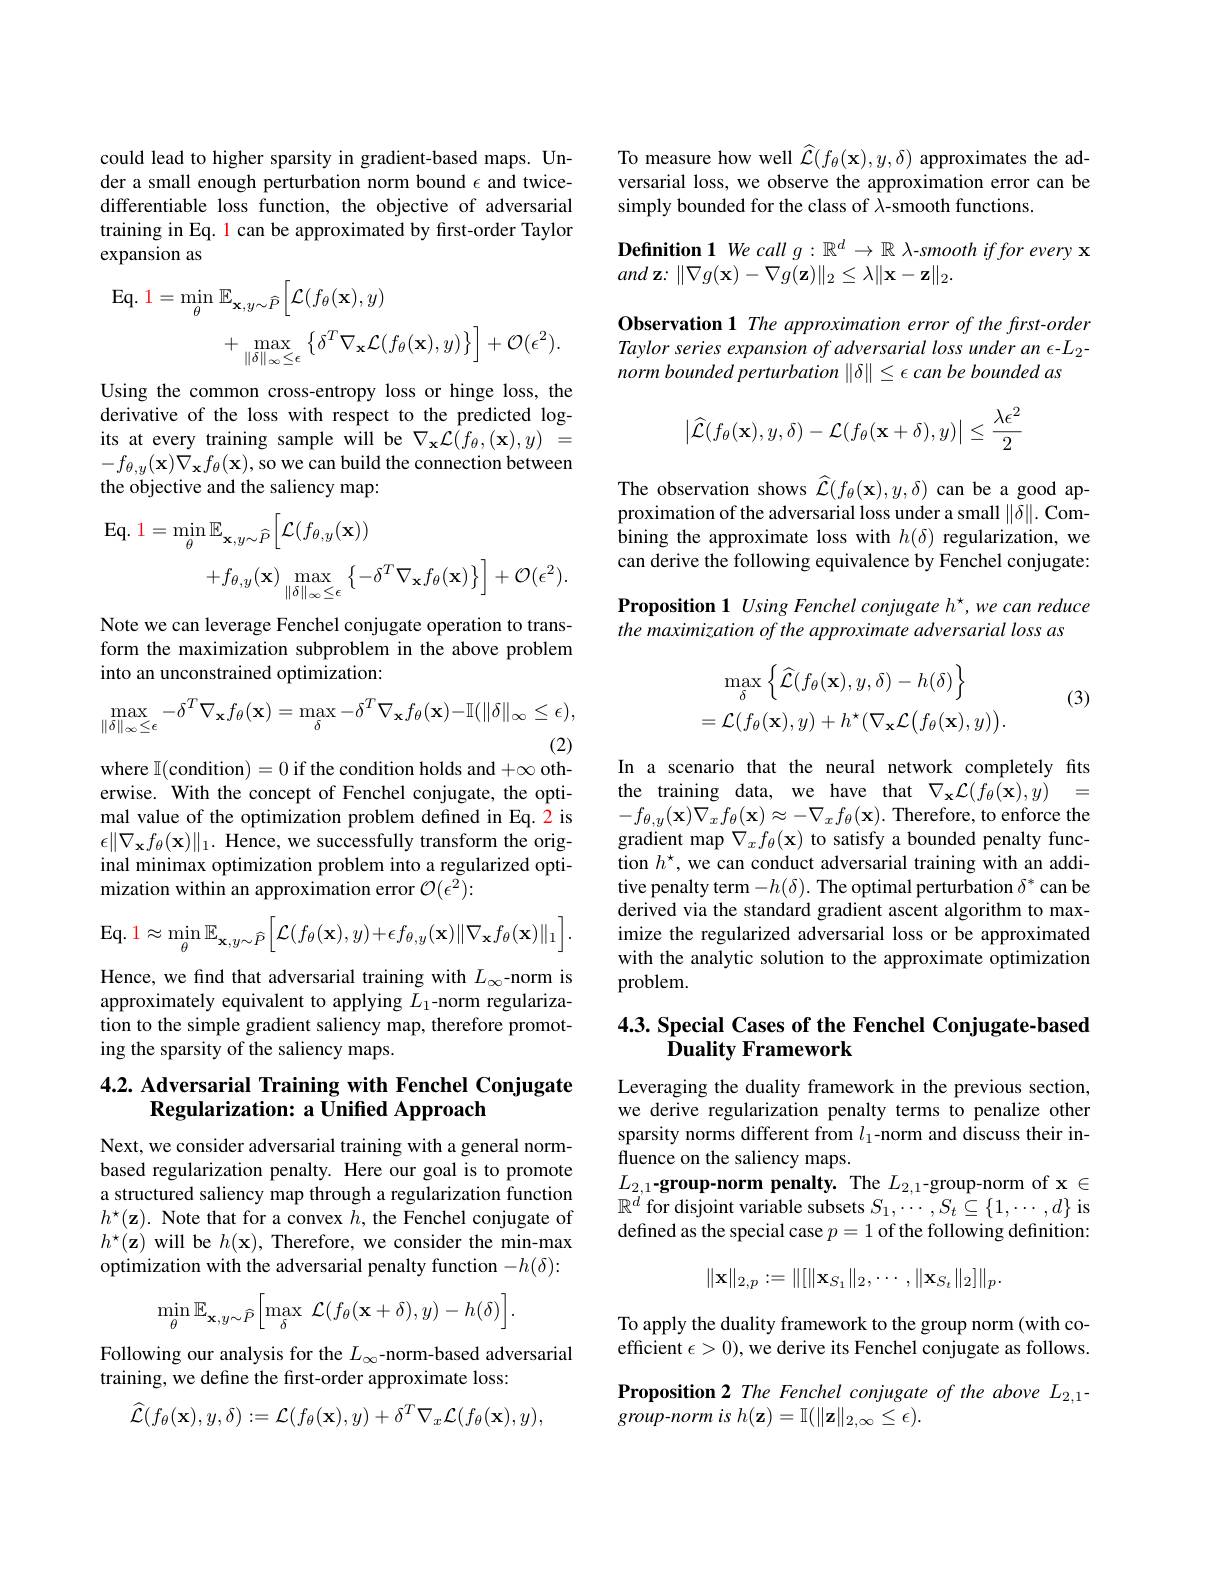
could lead to higher sparsity in gradient-based maps. Under a small enough perturbation norm bound $\epsilon$ and twicedifferentiable loss function, the objective of adversarial training in Eq. l can be approximated by first-order Taylor expansion as
$$\begin{aligned}\mathrm{Eq.~1}&=\operatorname*{min}_{\theta}\mathbb{E}_{\mathbf{x},y\sim\widehat{P}}\Big[\mathcal{L}(f_{\theta}(\mathbf{x}),y)\\&+\max_{\|\delta\|_{\infty}\leq\epsilon}\left\{\delta^{T}\nabla_{\mathbf{x}}\mathcal{L}(f_{\theta}(\mathbf{x}),y)\right\}\Big]+\mathcal{O}(\epsilon^{2}).\end{aligned}$$
Using the common cross-entropy loss or hinge loss, the derivative of the loss with respect to the predicted logits at every training sample will be $\nabla_{\mathbf{x}}\mathcal{L}(f_{\theta},(\mathbf{x}),y)=$ $-f_{\theta,y}(\mathbf{x})\nabla_{\mathbf{x}}f_{\theta}(\mathbf{x})$, so we can build the connection between the objective and the saliency map:
$$\begin{aligned}\mathrm{Eq.~1}&=\operatorname*{min}_{\theta}\mathbb{E}_{\mathbf{x},y\sim\widehat{P}}\Big[\mathcal{L}(f_{\theta,y}(\mathbf{x}))\\&+f_{\theta,y}(\mathbf{x})\max_{\|\delta\|_{\infty}\leq\epsilon}\Big\{-\delta^{T}\nabla_{\mathbf{x}}f_{\theta}(\mathbf{x})\Big\}\Big]+\mathcal{O}(\epsilon^{2}).\end{aligned}$$
Note we can leverage Fenchel conjugate operation to transform the maximization subproblem in the above problem into an unconstrained optimization:
$$\max_{\|\delta\|_{\infty}\leq\epsilon}-\delta^{T}\nabla_{\mathbf{x}}f_{\theta}(\mathbf{x})=\max_{\delta}-\delta^{T}\nabla_{\mathbf{x}}f_{\theta}(\mathbf{x})-\mathbb{I}(\|\delta\|_{\infty}\leq\epsilon),$$
(2)
where $\mathbb{I}($condition)=0 if the condition holds and $+\infty$ oth-

erwise. With the concept of Fenchel conjugate, the optimal value of the optimization problem defined in Eq. 2 is $\epsilon\|\nabla_{\mathbf{x}}f_{\theta}(\mathbf{x})\|_{1}.$ Hence, we successfully transform the original minimax optimization problem into a regularized optimization within an approximation error $\mathcal{O}(\epsilon^2):$
$$\mathrm{Eq.1}\approx\min_{\theta}\mathbb{E}_{\mathbf{x},y\sim\widehat{P}}\Big[\mathcal{L}(f_{\theta}(\mathbf{x}),y)+\epsilon f_{\theta,y}(\mathbf{x})\|\nabla_{\mathbf{x}}f_{\theta}(\mathbf{x})\|_{1}\Big].$$
Hence, we find that adversarial training with $L_\infty$-norm is approximately equivalent to applying $L_1$-norm regularization to the simple gradient saliency map, therefore promoting the sparsity of the saliency maps.

# 4.2. Adversarial Training with Fenchel Conjugate Regularization: a Unified Approach

Next, we consider adversarial training with a general normbased regularization penalty. Here our goal is to promote a structured saliency map through a regularization function $h^{\star}(\mathbf{z}).$ Note that for a convex $h$, the Fenchel conjugate of $h^{\star}(\mathbf{z})$ will be $h(\mathbf{x})$, Therefore, we consider the min-max optimization with the adversarial penalty function $-h(\delta):$
$$\min_{\theta}\mathbb{E}_{\mathbf{x},y\sim\widehat{P}}\bigg[\max_{\delta}\:\mathcal{L}(f_{\theta}(\mathbf{x}+\delta),y)-h(\delta)\bigg].$$
Following our analysis for the $L_\infty$-norm-based adversarial
training, we define the first-order approximate loss:
$$\widehat{\mathcal{L}}(f_\theta(\mathbf{x}),y,\delta):=\mathcal{L}(f_\theta(\mathbf{x}),y)+\delta^T\nabla_x\mathcal{L}(f_\theta(\mathbf{x}),y),$$
To measure how well $\widehat{\mathcal{L}}(f_\theta(\mathbf{x}),y,\delta)$ approximates the adversarial loss, we observe the approximation error can be simply bounded for the class of $\lambda$-smooth functions.

Definition 1 We call $g:\mathbb{R}^d\to\mathbb{R}$ λ-smooth iffor every x
and $\mathbf{z} {: }\| \nabla g( \mathbf{x} ) - \nabla g( \mathbf{z} ) \| _{2}\leq \lambda \| \mathbf{x} - \mathbf{z} \| _{2}.$
Observation 1 The approximation error of the frst-order Taylor series expansion of adversarial loss under an $\epsilon-L_{2}$ norm bounded perturbation $\|\delta\|\leq\epsilon$ can be bounded as
$$\begin{vmatrix}\widehat{\mathcal{L}}(f_\theta(\mathbf{x}),y,\delta)-\mathcal{L}(f_\theta(\mathbf{x}+\delta),y)\end{vmatrix}\leq\frac{\lambda\epsilon^2}{2}$$
The observation shows $\widehat{\mathcal{L}}(f_\theta(\mathbf{x}),y,\delta)$ can be a good approximation of the adversarial loss under a small $\|\delta\|.$ Combining the approximate loss with $h(\delta)$ regularization, we can derive the following equivalence by Fenchel conjugate: Proposition 1 Using Fenchel conjugate h', we can reduce the maximization of the approximate adversarial loss as

(3)
$$\max_{\delta}\left\{\widehat{\mathcal{L}}(f_{\theta}(\mathbf{x}),y,\delta)-h(\delta)\right\}\\=\mathcal{L}(f_{\theta}(\mathbf{x}),y)+h^{\star}(\nabla_{\mathbf{x}}\mathcal{L}\big(f_{\theta}(\mathbf{x}),y)\big).$$
In a scenario that the neural network completely fits the training data, we have that $\nabla _{\mathbf{x} }\mathcal{L} ( f_{\theta }( \mathbf{x} ) , y)$ = $-f_{\theta,y}(\mathbf{x})\nabla_{x}f_{\theta}(\mathbf{x})\approx-\nabla_{x}f_{\theta}(\mathbf{x}).$Therefore, to enforce the gradient map $\nabla_xf_\theta(\mathbf{x})$ to satisfy a bounded penalty function $h^\star$, we can conduct adversarial training with an additive penalty term $-h(\delta).$ The optimal perturbation $\delta^*$ can be derived via the standard gradient ascent algorithm to maximize the regularized adversarial loss or be approximated with the analytic solution to the approximate optimization problem.

# 4.3. Special Cases of the Fenchel Conjugate-based ${\text{Duality Framework}}$

Leveraging the duality framework in the previous section, we derive regularization penalty terms to penalize other sparsity norms different from $l_1$-norm and discuss their influence on the saliency maps.
$L_{2, 1}\textbf{- group- norm penalty. The }L_{2, 1}$- group- norm of x$\in$ $\mathbb{R}^d$ for disjoint variable subsets $S_1,\cdots,S_t\subseteq\{1,\cdots,d\}$ is defined as the special case $p=1$ of the following definition:
$$\|\mathbf{x}\|_{2,p}:=\|[\|\mathbf{x}_{S_1}\|_2,\cdots,\|\mathbf{x}_{S_t}\|_2]\|_p.$$
To apply the duality framework to the group norm (with coefficient $\epsilon>0)$, we derive its Fenchel conjugate as follows. Proposition 2 The Fenchel conjugate of the above $L_{2,1}$- group-norm is $h(\mathbf{z})=\mathbb{I}(\|\mathbf{z}\|_{2,\infty}\leq\epsilon).$